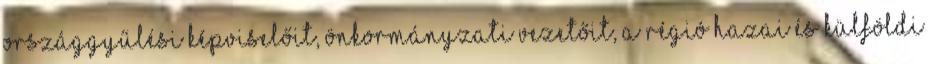
országgyűlési képviselőit, önkormányzati vezetőit, a régió hazai és külföldi